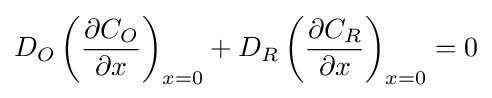
D_{O}\left({\frac {\partial C_{O}}{\partial x}}\right)_{x=0}+D_{R}\left({\frac {\partial C_{R}}{\partial x}}\right)_{x=0}=0